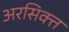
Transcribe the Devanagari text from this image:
अरसिक्त